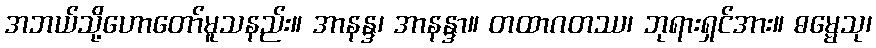
အဘယ်သို့ဟောတော်မူသနည်း။ အာနန္ဒ၊ အာနန္ဒာ။ တထာဂတဿ၊ ဘုရားရှင်အား။ ဓမ္မေသု၊